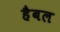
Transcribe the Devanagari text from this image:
हैबल